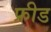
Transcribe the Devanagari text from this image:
फ्रीड